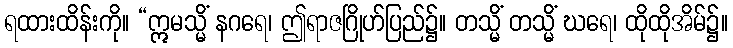
ရထားထိန်းကို။ “ဣမသ္မိံ နဂရေ၊ ဤရာဇဂြိုဟ်ပြည်၌။ တသ္မိံ တသ္မိံ ဃရေ၊ ထိုထိုအိမ်၌။